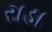
રાડા